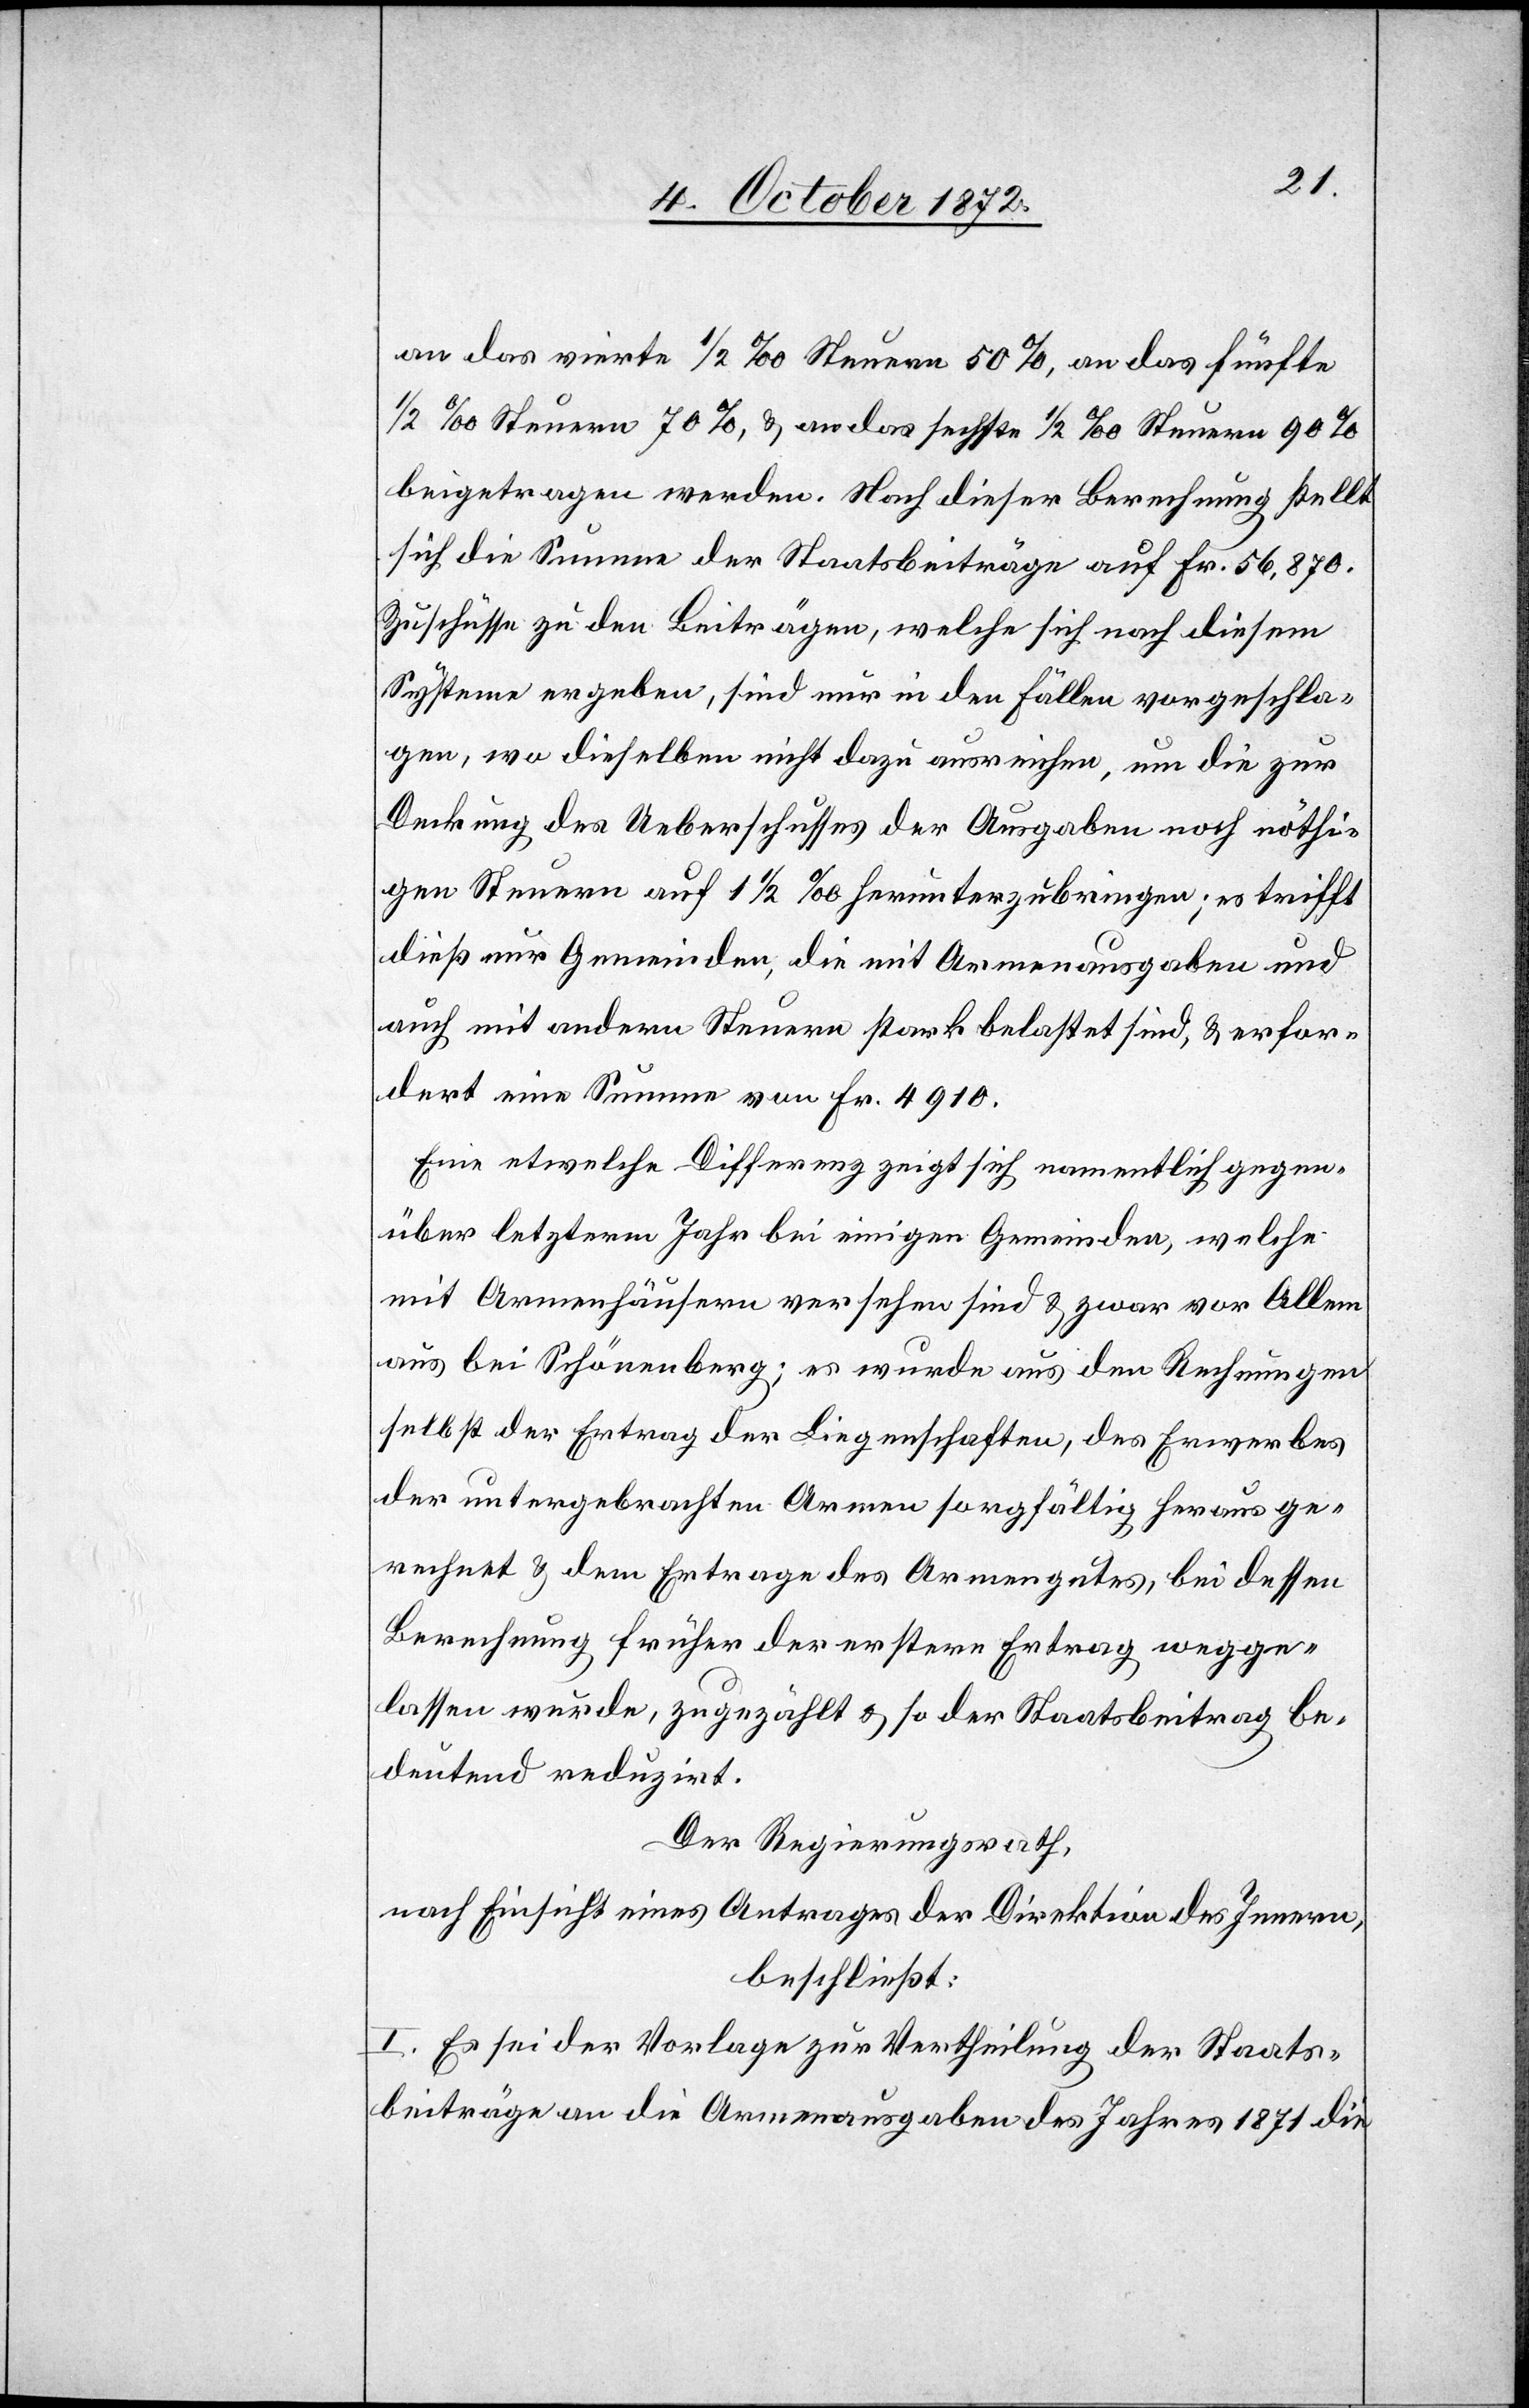
an das vierte 1/2‰ Steuern 50%, an das fünfte
1/2‰ Steuern 70%, u. an das sechste 1/2‰ Steuern 90%
beigetragen werden. Nach dieser Berechnung stellt
sich die Summe der Staatsbeiträge auf Fr. 56,870.
Zuschüsse zu den Beiträgen, welche sich nach diesem
Systeme ergeben, sind nur in den Fällen vorgeschla¬
gen, wo dieselben nicht dazu ausreichen, um die zur
Deckung des Ueberschusses der Ausgaben noch nöthi¬
gen Steuern auf 1 1/2‰ herunterzubringen; es trifft
dieß nur Gemeinden, die mit Armenausgaben und
auch mit andern Steuern stark belastet sind, u. erfor¬
dert eine Summe von Fr. 4910.
Eine etwelche Differenz zeigt sich namentlich gegen¬
über letzterm Jahr bei einigen Gemeinden, welche
mit Armenhäusern versehen sind u. zwar vor Allem
aus bei Schönenberg; es wurde aus den Rechnungen
selbst der Ertrag der Liegenschaften, des Erwerbes
der untergerbachten Armen so sorgfältig heraus ge¬
rechnet u. dem Ertrage des Armengutes, bei dessen
Berechnung früher der erstern Ertrag wegge¬
lassen wurde, zugezählt u. so der Staatsbeitrag be¬
deutend reduzirt.
Der Regierungsrath,
nach Einsicht eines Antrages der Direktion des Innern,
beschließt:
I. Es sei der Vorlage zur Vertheilung der Staats¬
beiträge an die Armenausgaben des Jahres 1871 die